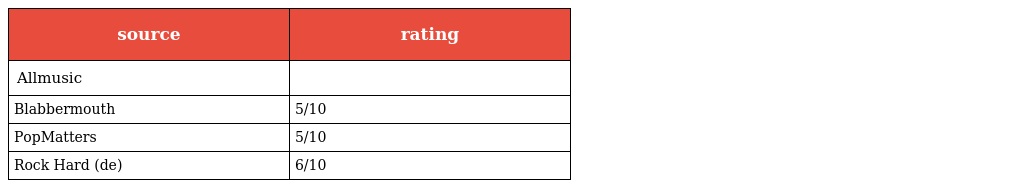
| source | rating |
 | --- | --- |
 | Allmusic |  |
 | Blabbermouth | 5/10 |
 | PopMatters | 5/10 |
 | Rock Hard (de) | 6/10 |